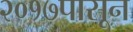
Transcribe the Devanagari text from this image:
२०१७पासून